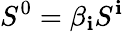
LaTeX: S^{0}=\beta_{\mathbf{i}}S^{\mathbf{i}}